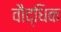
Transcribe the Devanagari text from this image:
वौद्धिक